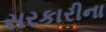
સરકારીના